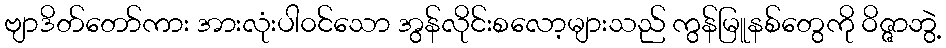
ဗျာဒိတ်တော်ကား အားလုံးပါ၀င်သော အွန်လိုင်းစလော့များသည် ကွန်မြူနစ်တွေကို ဝိဇ္ဇာဘွဲ့